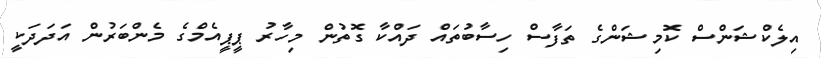
އިލެކްޝަންސް ކޮމިޝަންގެ ތަފާސް ހިސާބުތައް ދައްކާ ގޮތުން މިހާރު ޕީޕީއެމްގެ މެންބަރުން އަދަދަކީ